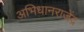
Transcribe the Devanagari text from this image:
अभिधानराजेंद्र